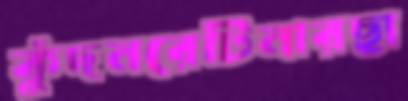
কুঁদনরেটিনারছা